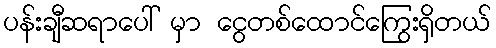
ပန်းချီဆရာပေါ် မှာ ငွေတစ်ထောင်ကြွေးရှိတယ်